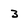
Character: 3